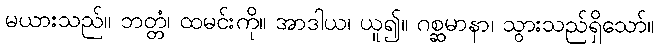
မယားသည်။ ဘတ္တံ၊ ထမင်းကို။ အာဒါယ၊ ယူ၍။ ဂစ္ဆမာနာ၊ သွားသည်ရှိသော်။